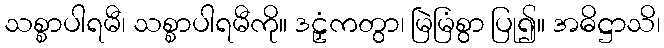
သစ္စာပါရမီ၊ သစ္စာပါရမီကို။ ဒဠှံကတွာ၊ မြဲမြံစွာ ပြု၍။ အဓိဋ္ဌာသိ၊